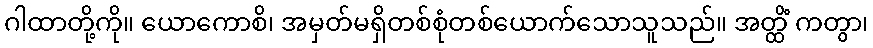
ဂါထာတို့ကို။ ယောကောစိ၊ အမှတ်မရှိတစ်စုံတစ်ယောက်သောသူသည်။ အတ္ထိံ ကတွာ၊